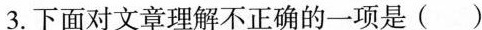
3.下面对文章理解不正确的一项是()